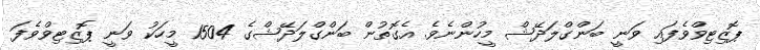
ޕޮޒިޓިވްވެފައި ވަނީ ބަންގްލަދޭޝް މީހުންނެވެ. އެގޮތުން ބަންގްލަދޭޝްގެ 1504 މީހަކު ވަނީ ޕޮޒިޓިވްވެފަ